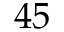
4 5